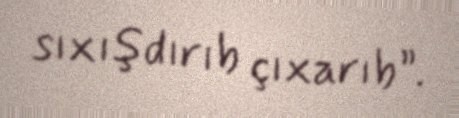
sıxışdırıb çıxarıb”.